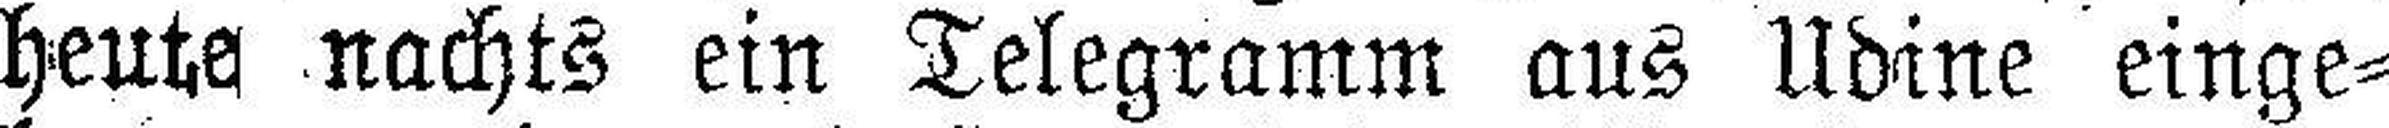
heute nachts ein Telegramm aus Udine einge¬